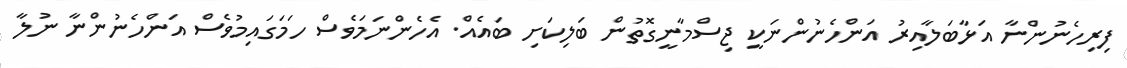
ފިރިހެނުންނާ އަޅާބަލާއިރު އަންހެނުންނަކީ ޖިސްމާނީގޮތުން ބަލިކަށި ބައެއް. އެހެންނަމަވެސް ހަމަގައިމުވެސް އަންހެނުންނާ ނުލާ